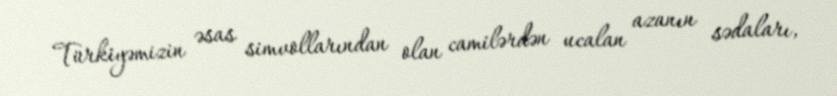
Türkiyəmizin əsas simvollarından olan camilərdən ucalan azanın sədaları,